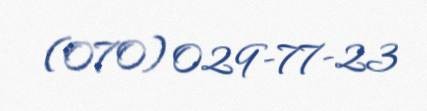
(070) 029-77-23